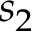
s _ { 2 }